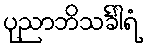
ပုညာဘိသင်္ခါရံ